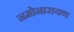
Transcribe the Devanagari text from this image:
नमोनारायण